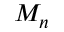
M _ { n }